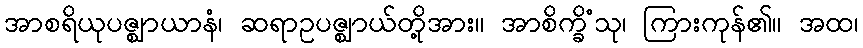
အာစရိယုပဇ္ဈာယာနံ၊ ဆရာဥပဇ္ဈာယ်တို့အား။ အာစိက္ခိံသု၊ ကြားကုန်၏။ အထ၊